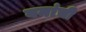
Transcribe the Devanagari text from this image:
वनांची